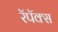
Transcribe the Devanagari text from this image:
रॅपॅक्स